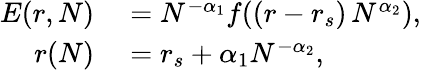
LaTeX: \begin{array}{rl}{E(r,N)}&{{}=N^{-\alpha_{1}}f((r-r_{s})\, N^{\alpha_{2}}),}\\ {r(N)}&{{}=r_{s}+\alpha_{1}N^{-\alpha_{2}},}\end{array}